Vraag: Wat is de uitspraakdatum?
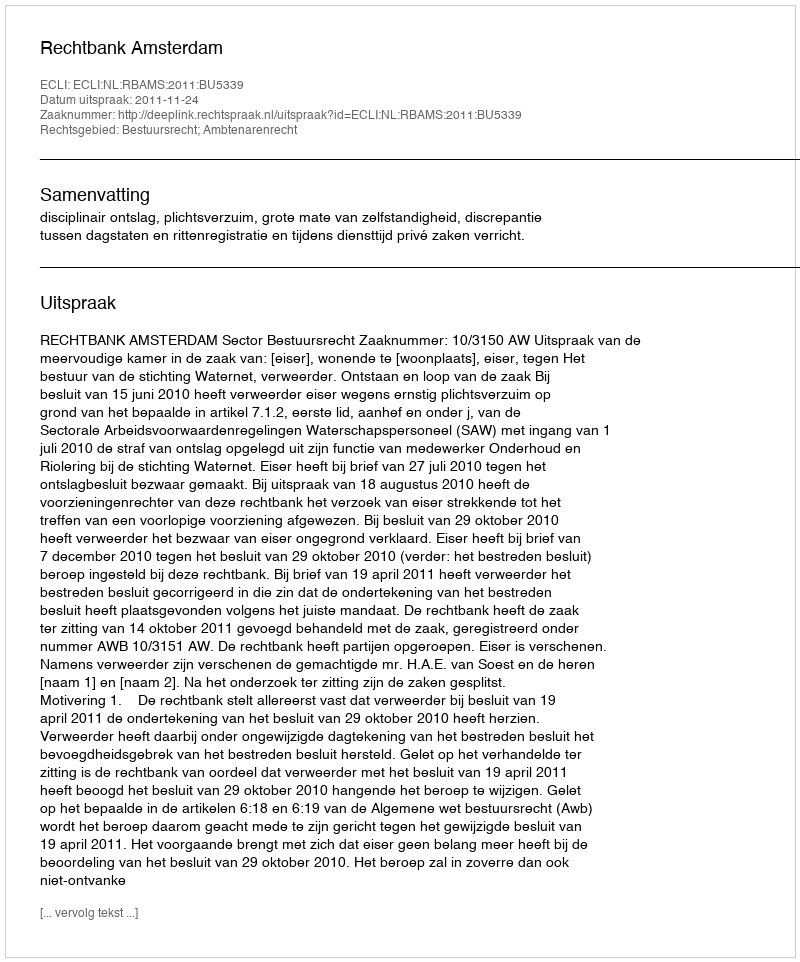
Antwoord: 2011-11-24